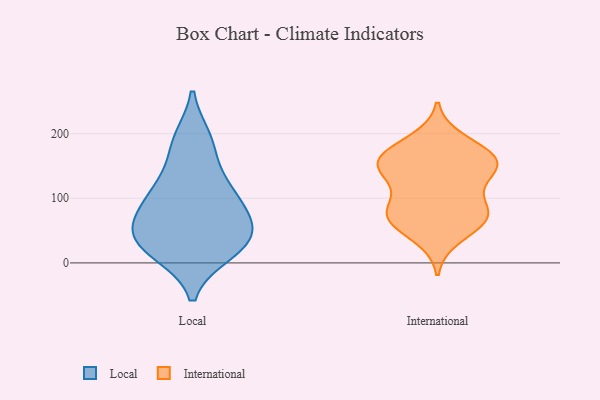
{"axis": {"x": "Latency (ms)", "y": "Value"}, "legend": ["International", "Local"], "data": [{"x": "", "y": 180, "type": "Local"}, {"x": "", "y": 108, "type": "Local"}, {"x": "", "y": 39, "type": "Local"}, {"x": "", "y": 56, "type": "Local"}, {"x": "", "y": 17, "type": "Local"}, {"x": "", "y": 190, "type": "Local"}, {"x": "", "y": 69, "type": "Local"}, {"x": "", "y": 114, "type": "Local"}, {"x": "", "y": 109, "type": "Local"}, {"x": "", "y": 59, "type": "Local"}, {"x": "", "y": 25, "type": "Local"}, {"x": "", "y": 27, "type": "Local"}, {"x": "", "y": 78, "type": "International"}, {"x": "", "y": 73, "type": "International"}, {"x": "", "y": 170, "type": "International"}, {"x": "", "y": 69, "type": "International"}, {"x": "", "y": 172, "type": "International"}, {"x": "", "y": 145, "type": "International"}, {"x": "", "y": 65, "type": "International"}, {"x": "", "y": 190, "type": "International"}, {"x": "", "y": 39, "type": "International"}, {"x": "", "y": 152, "type": "International"}, {"x": "", "y": 73, "type": "International"}, {"x": "", "y": 94, "type": "International"}, {"x": "", "y": 147, "type": "International"}, {"x": "", "y": 123, "type": "International"}, {"x": "", "y": 157, "type": "International"}, {"x": "", "y": 150, "type": "International"}]}